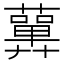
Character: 𧂳